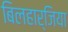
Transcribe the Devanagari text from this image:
बिलहार्जिया